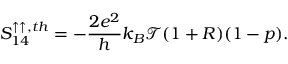
{ S _ { 1 4 } ^ { \uparrow \uparrow , t h } } = - \frac { 2 e ^ { 2 } } { h } k _ { B } \mathcal { T } ( 1 + R ) ( 1 - p ) .